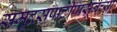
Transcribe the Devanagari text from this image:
समुद्रसपाटीपासूनच्या